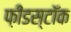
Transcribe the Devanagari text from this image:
फ़ीडस्टॉक